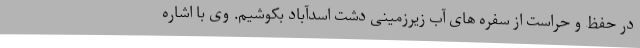
در حفظ و حراست از سفره های آب زیرزمینی دشت اسدآباد بکوشیم. وی با اشاره